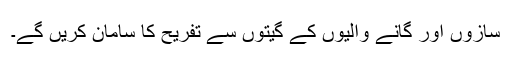
سازوں اور گانے والیوں کے گیتوں سے تفریح کا سامان کریں گے۔